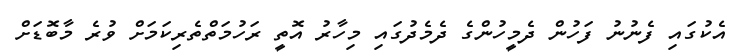
އެކުގައި ފެނުނު ފަހުން ދެމީހުންގެ ދެމެދުގައި މިހާރު އޮތީ ރަހުމަތްތެރިކަމަށް ވުރެ މާބޮޑަށް